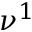
\nu ^ { 1 }